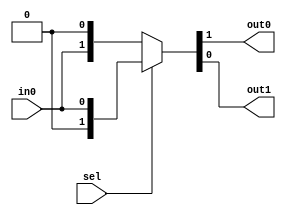

module demux2(
    input in0,
    input sel,
    output out0, out1
    );
    
    assign {out0, out1} = (sel == 1) ? {1'b0, in0} : {in0, 1'b0};
    
endmodule